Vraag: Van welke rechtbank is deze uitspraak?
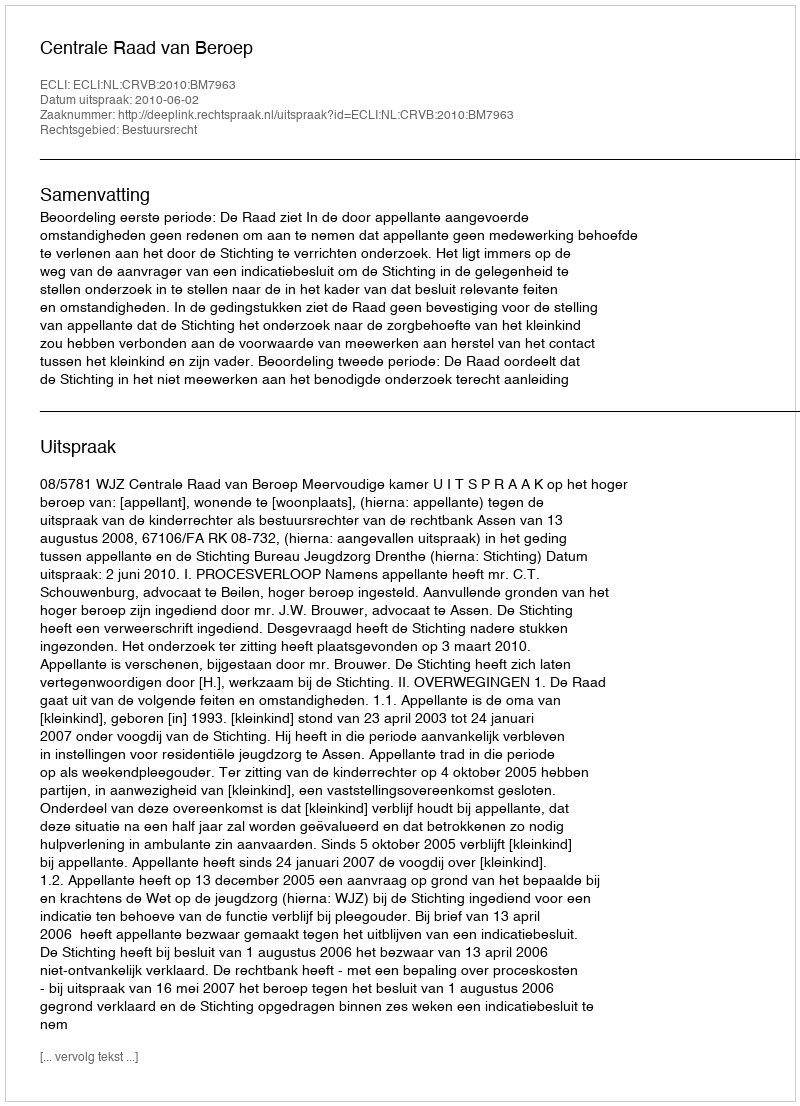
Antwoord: Centrale Raad van Beroep